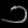
Digit: ၁